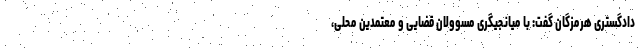
دادگستری هرمزگان گفت: با میانجیگری مسوولان قضایی و معتمدین محلی،